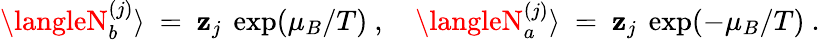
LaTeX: \langleN_{b}^{(j)}\rangle~=~\mathbf{z}_{j}~\exp(\mu_{B}/T)~,~~~~\langleN_{a}^{(j)}\rangle~=~\mathbf{z}_{j}~\exp(-\mu_{B}/T)~.